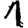
Digit: 1